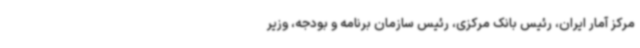
مرکز آمار ایران، رئیس بانک مرکزی، رئیس سازمان برنامه و بودجه، وزیر